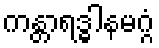
ကန္တာရဒ္ဓါနမဂ္ဂံ